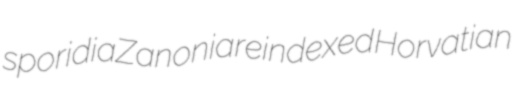
sporidia Zanonia reindexed Horvatian